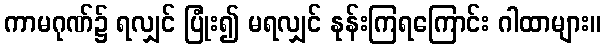
ကာမဂုဏ်၌ ရလျှင် ပြုံး၍ မရလျှင် နုန်းကြရကြောင်း ဂါထာများ။